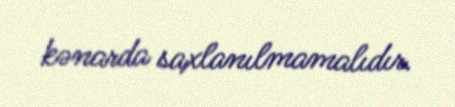
kənarda saxlanılmamalıdır.